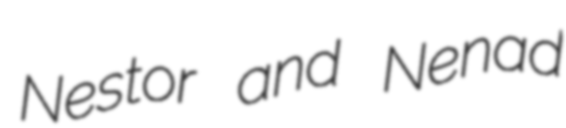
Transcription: Nestor and Nenad